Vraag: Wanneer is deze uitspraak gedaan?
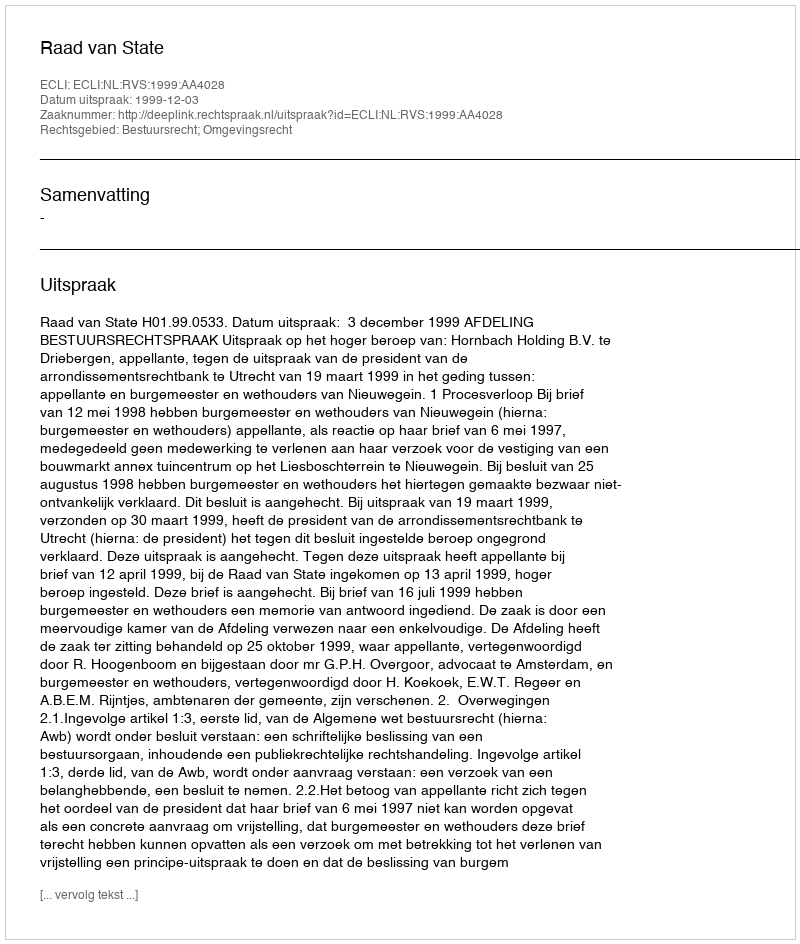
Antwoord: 1999-12-03